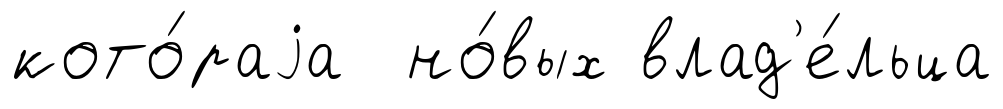
кото́раjа но́вых влад'е́льца